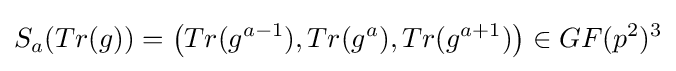
S_{a}(Tr(g))=\left(Tr(g^{a-1}),Tr(g^{a}),Tr(g^{a+1})\right)\in GF(p^{2})^{3}